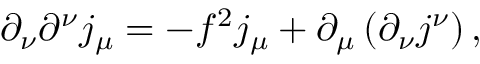
\partial _ { \nu } \partial ^ { \nu } j _ { \mu } = - f ^ { 2 } j _ { \mu } + \partial _ { \mu } \left( \partial _ { \nu } j ^ { \nu } \right) ,